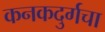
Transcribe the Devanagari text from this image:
कनकदुर्गचा